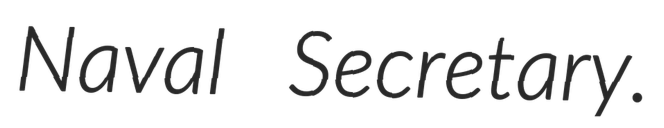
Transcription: Naval Secretary.